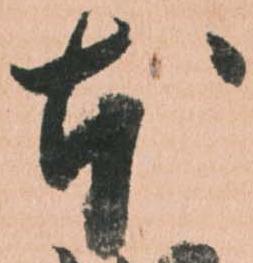
本